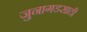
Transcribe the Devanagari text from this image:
जुनागडसाठी